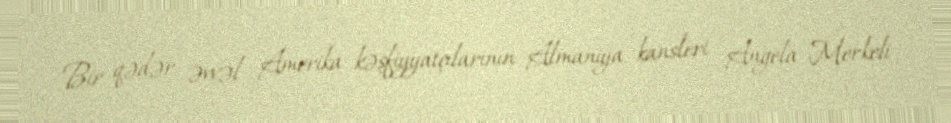
Bir qədər əvvəl Amerika kəşfiyyatçılarının Almaniya kansleri Angela Merkeli